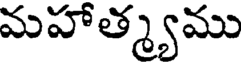
మహాత్మ్యము